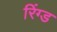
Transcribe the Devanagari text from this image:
रिंग्ड